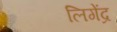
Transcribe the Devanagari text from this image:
लिगेंद्र